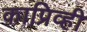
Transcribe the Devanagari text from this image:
काप्रिव्ही